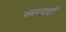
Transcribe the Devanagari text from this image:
नवब्याही